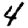
Digit: 4